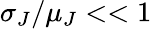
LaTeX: \sigma_{J}/\mu_{J}<<1